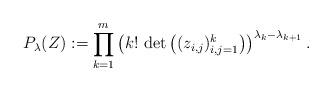
LaTeX: \begin{align*} P_{\lambda}(Z):= \prod_{k=1}^m \left( k! \, \det\left( (z_{i,j})_{i,j=1}^{k} \right) \right)^{\lambda_{k}-\lambda_{k+1}}.\end{align*}